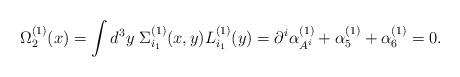
LaTeX: \begin{align*}\Omega^{(1)}_2(x)=\int d^3y \ \Sigma^{(1)}_{i_1}(x,y)L^{(1)}_{i_1}(y)=\partial^i \alpha^{(1)}_{A^i} + \alpha^{(1)}_5 + \alpha^{(1)}_6=0.\end{align*}